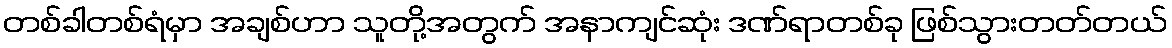
တစ်ခါတစ်ရံမှာ အချစ်ဟာ သူတို့အတွက် အနာကျင်ဆုံး ဒဏ်ရာတစ်ခု ဖြစ်သွားတတ်တယ်